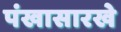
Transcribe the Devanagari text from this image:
पंखासारखे